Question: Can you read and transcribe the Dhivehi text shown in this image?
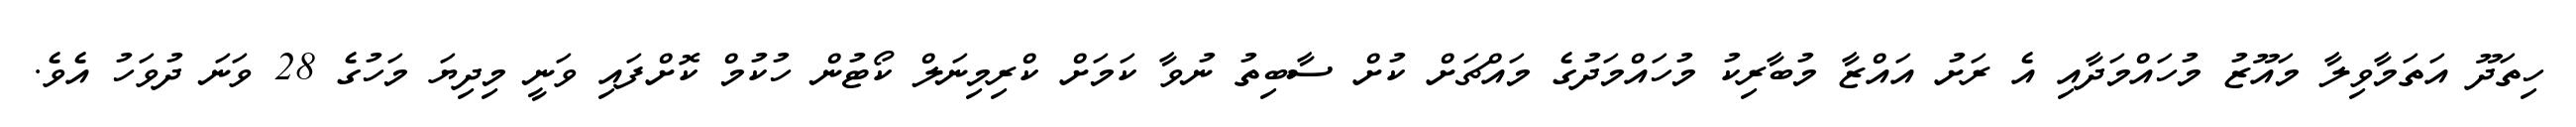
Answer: ހިތަދޫ އަތަމާވިލާ މައޫޒު މުހައްމަދާއި އެ ރަށު އައްޒާ މުބާރިކު މުހައްމަދުގެ މައްޗަށް ކުށް ސާބިތު ނުވާ ކަމަށް ކްރިމިނަލް ކޯޓުން ހުކުމް ކޮށްފައި ވަނީ މިދިޔަ މަހުގެ 28 ވަނަ ދުވަހު އެވެ.